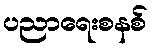
ပညာရေးစနစ်